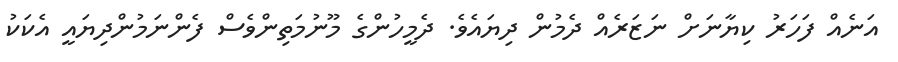
އަނެއް ފަހަރު ކިޔާނަށް ނަޒަރެއް ދެމުން ދިޔައެވެ. ދެމީހުންގެ މޫނުމަތިންވެސް ފެންނަމުންދިޔައީ އެކަކު